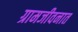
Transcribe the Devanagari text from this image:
ग्रामजीवनात